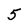
Character: 5